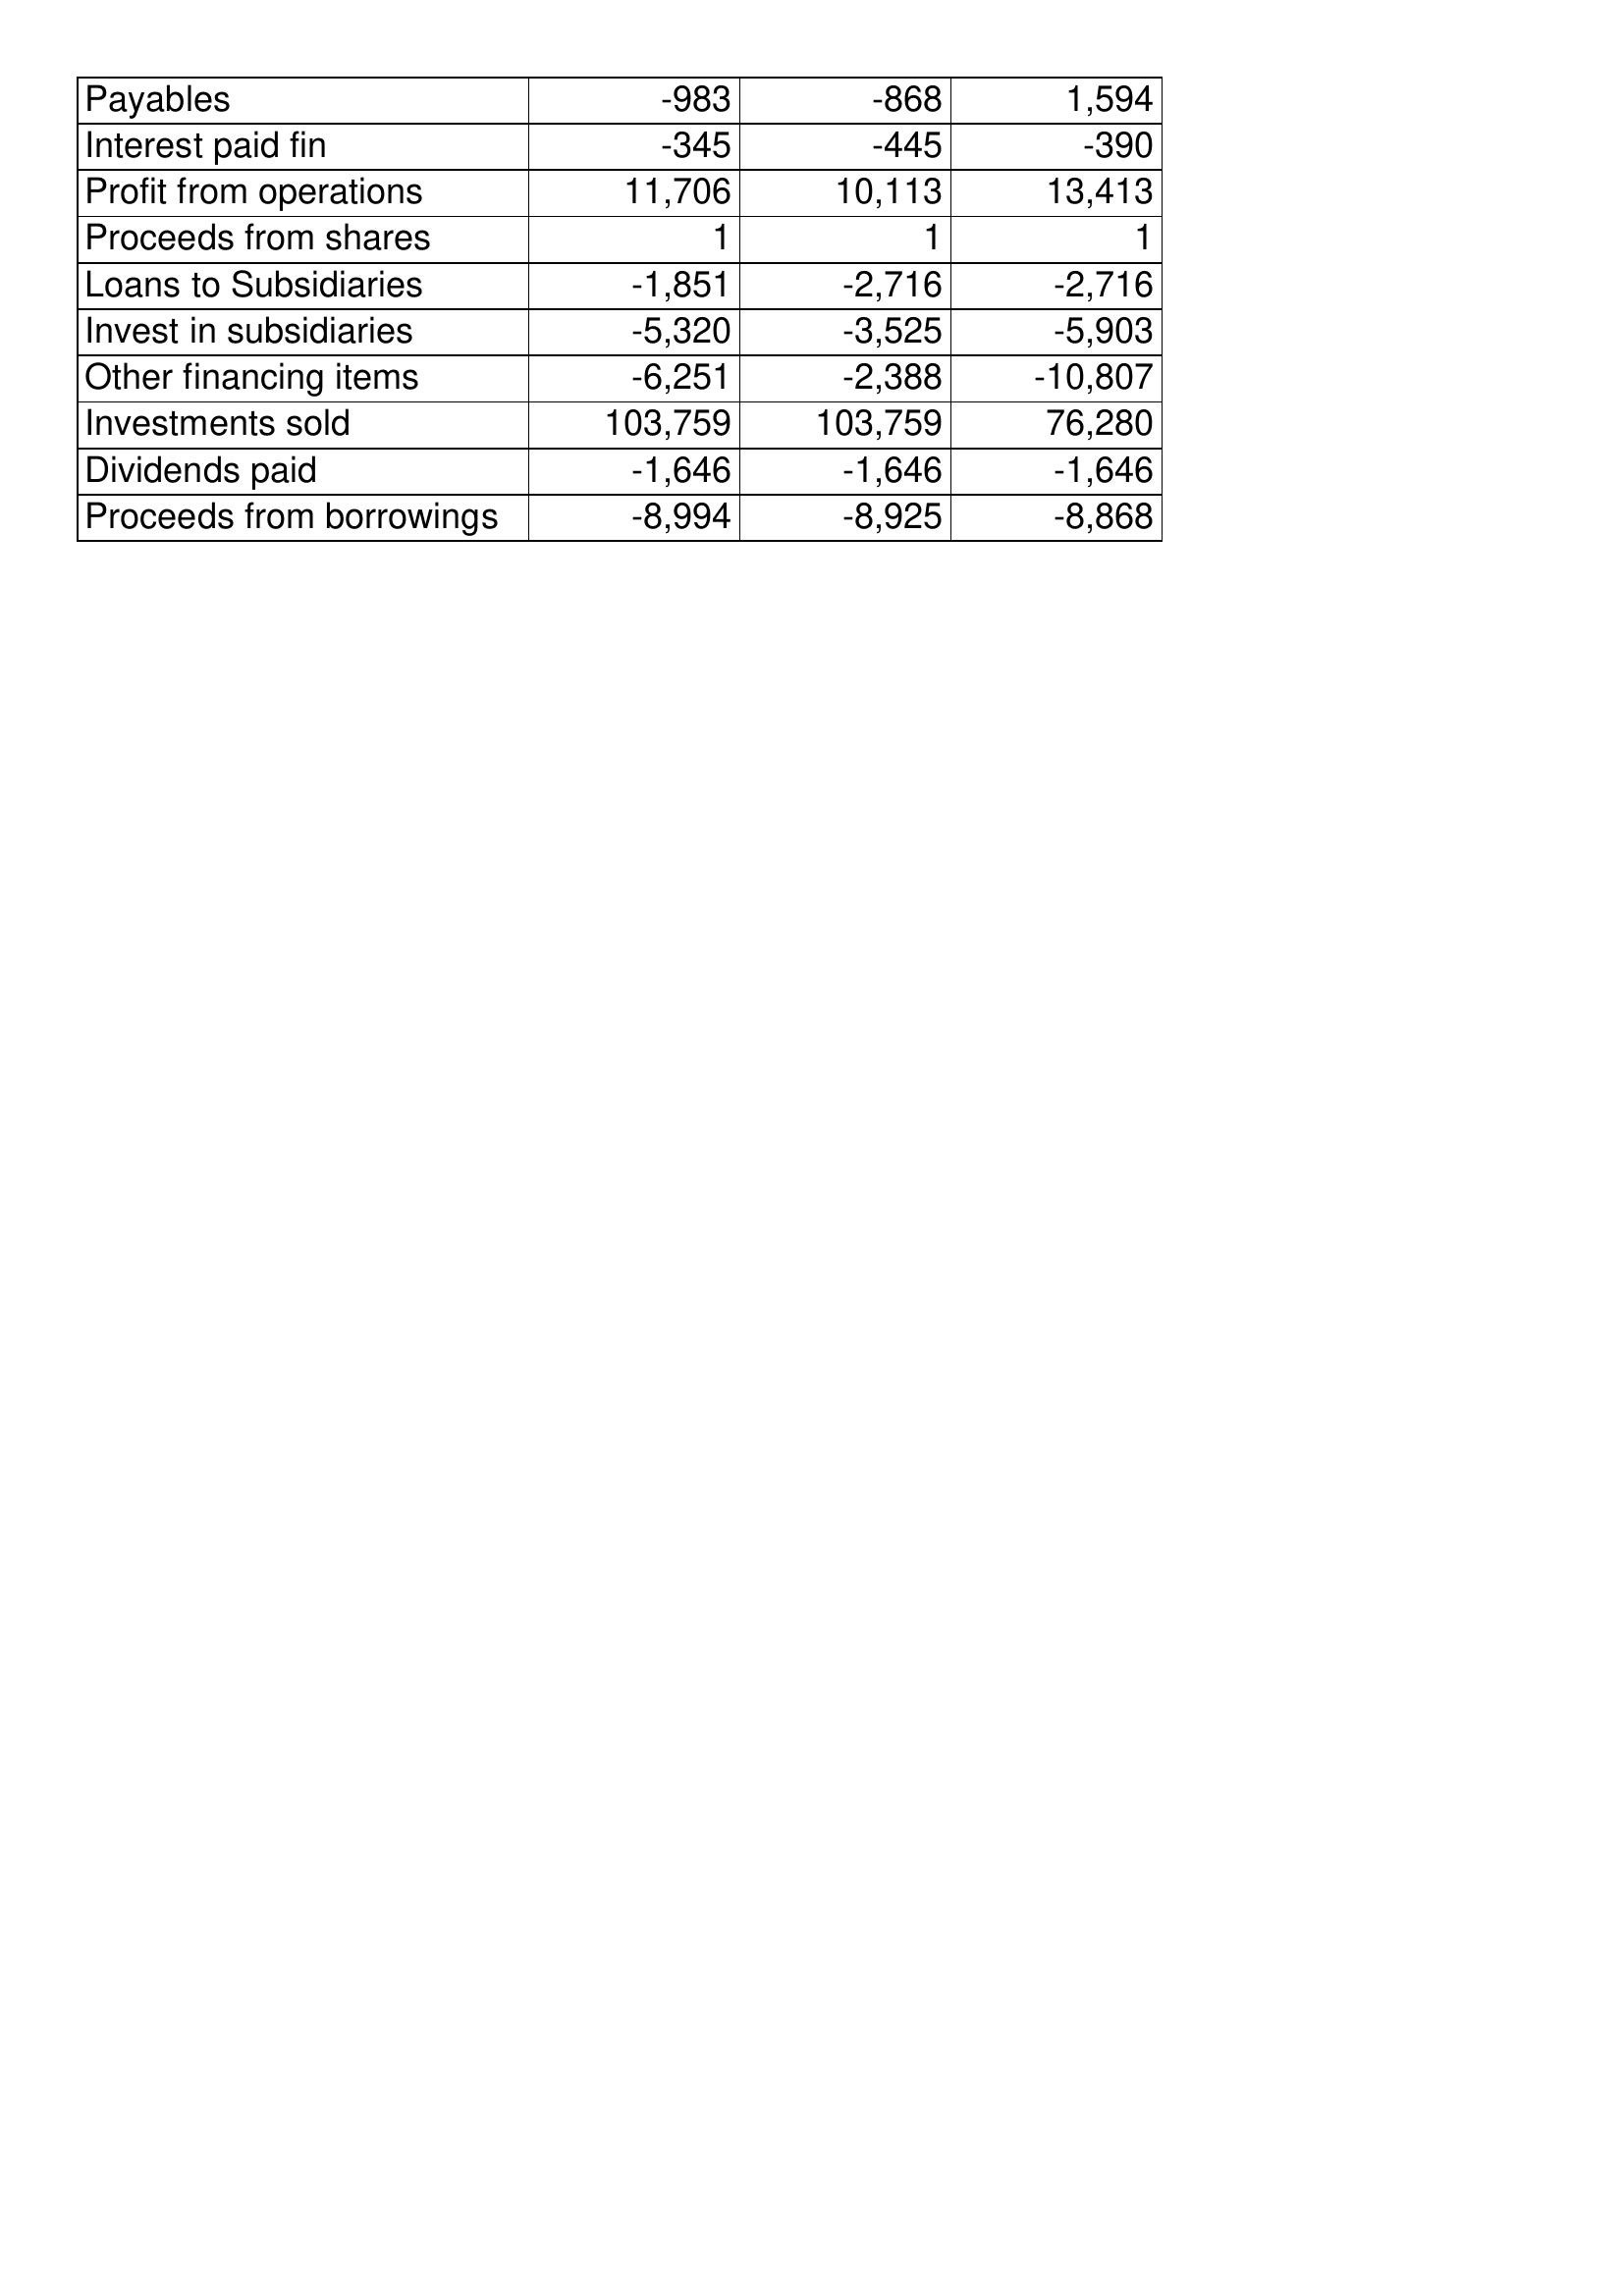
Mar-04: Cash Flows: Payables: -983
Interest paid fin: -345
Profit from operations: 11,706
Proceeds from shares: 1
Loans to Subsidiaries: -1,851
Invest in subsidiaries: -5,320
Other financing items: -6,251
Investments sold: 103,759
Dividends paid: -1,646
Proceeds from borrowings: -8,994
Mar-03: Cash Flows: Payables: -868
Interest paid fin: -445
Profit from operations: 10,113
Proceeds from shares: 1
Loans to Subsidiaries: -2,716
Invest in subsidiaries: -3,525
Other financing items: -2,388
Investments sold: 103,759
Dividends paid: -1,646
Proceeds from borrowings: -8,925
Mar-02: Cash Flows: Payables: 1,594
Interest paid fin: -390
Profit from operations: 13,413
Proceeds from shares: 1
Loans to Subsidiaries: -2,716
Invest in subsidiaries: -5,903
Other financing items: -10,807
Investments sold: 76,280
Dividends paid: -1,646
Proceeds from borrowings: -8,868